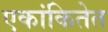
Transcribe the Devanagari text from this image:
एकांकितेत